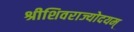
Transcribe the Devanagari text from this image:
श्रीशिवराज्योदयम्